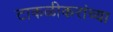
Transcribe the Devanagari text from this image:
टाकळीकरांच्या